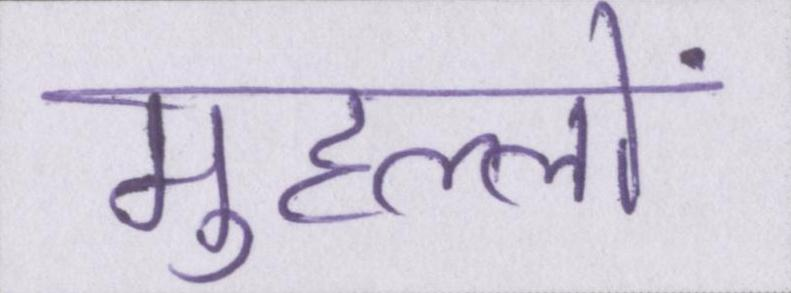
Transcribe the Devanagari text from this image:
मुहल्लों